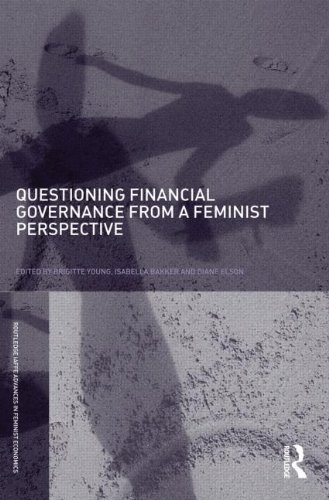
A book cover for Questioning Financial Governance from a Feminist Perspective (Routledge IAFFE Advances in Feminist Economics); Business & Money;